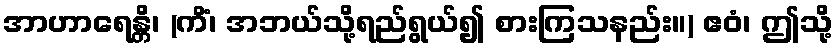
အာဟာရေန္တိ၊ (ကိံ၊ အဘယ်သို့ရည်ရွယ်၍ စားကြသနည်း။) ဧဝံ၊ ဤသို့